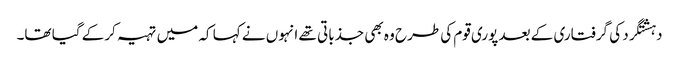
دہشتگرد کی گرفتاری کے بعد پوری قوم کی طرح وہ بھی جذباتی تھے انہوں نے کہا کہ میں تہیہ کرکے گیا تھا۔